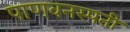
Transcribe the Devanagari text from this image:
पाणवनस्पती